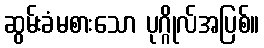
ဆွမ်းခံမစားသော ပုဂ္ဂိုလ်အပြစ်။